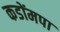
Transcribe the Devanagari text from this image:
कडोंमपा